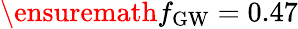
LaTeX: \ensuremath{f_{\mathrm{GW}}}=0.47